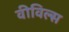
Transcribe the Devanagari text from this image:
वीविल्स